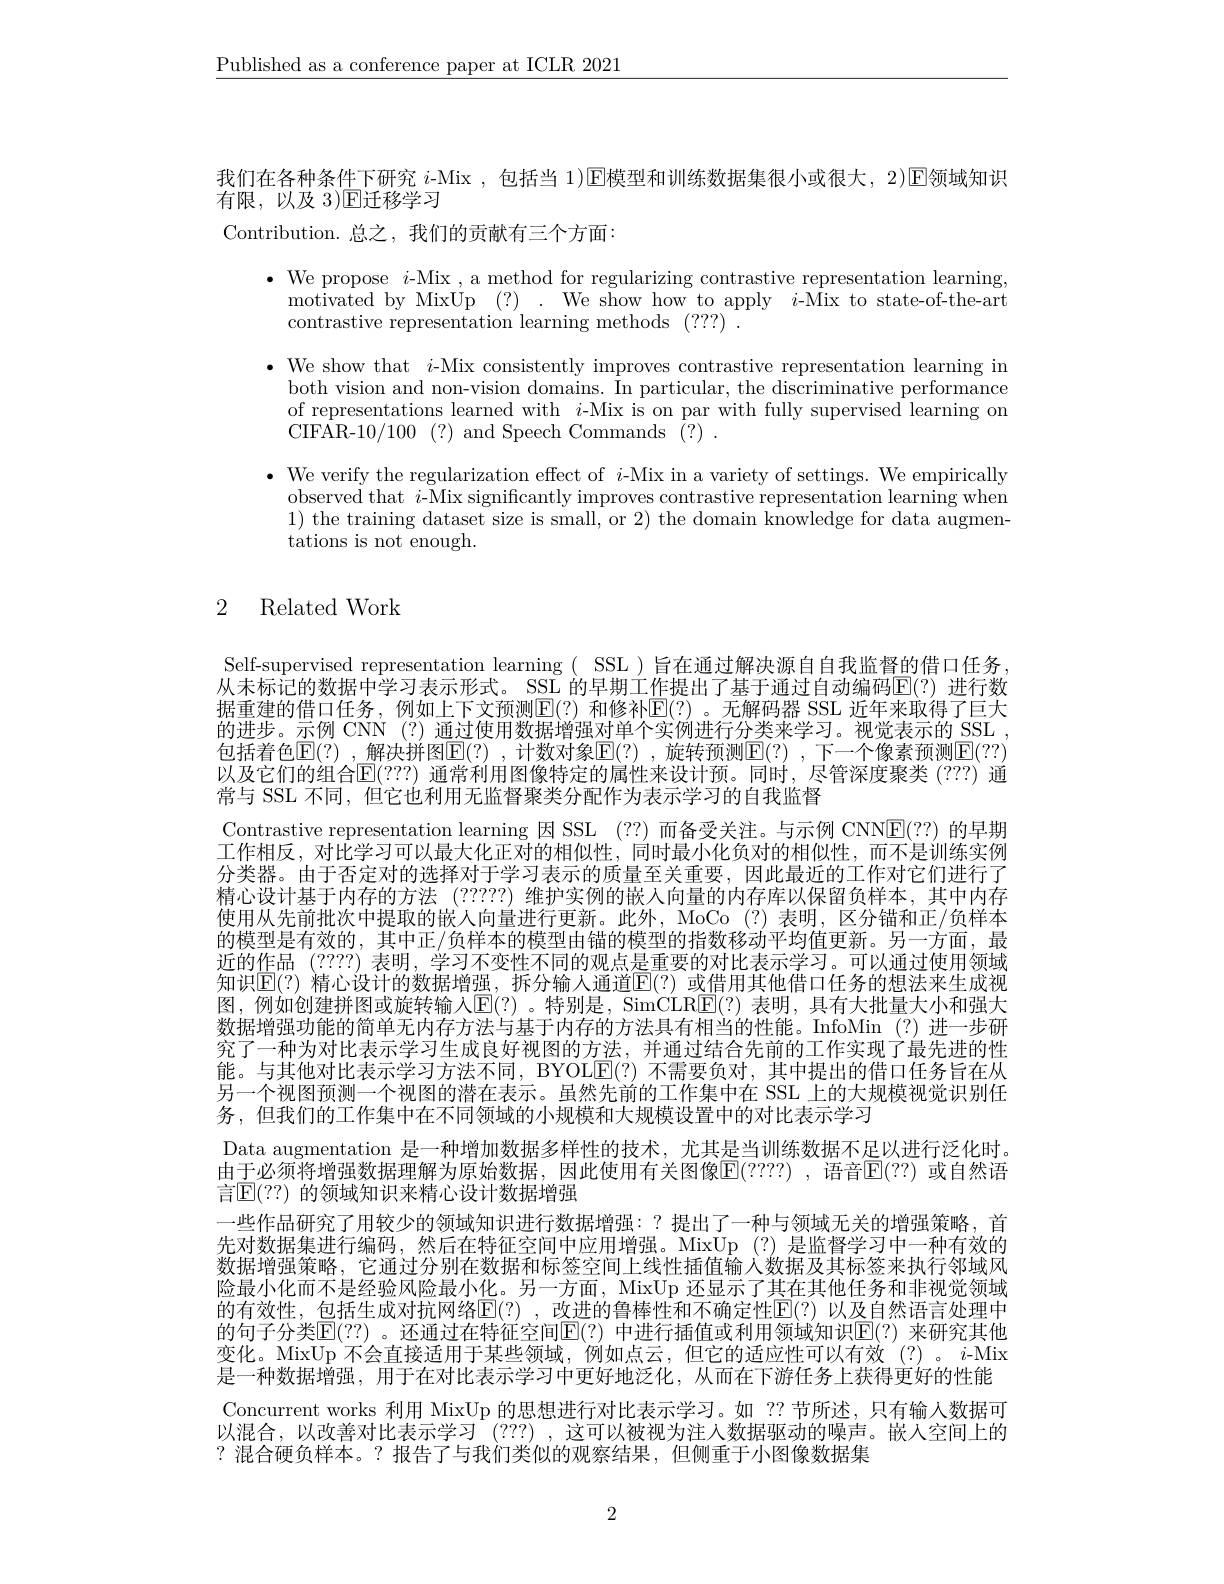
$\underline{\text{Published as a conference paper at ICLR 2021}}$

我们在各种条件下研究 $i$-Mix ,包括当 1)E模型和训练数据集很小或很大，2)E领域知识
有限，以及 3)$\mathbb{E}$迁移学习
Contribution. 总之，我们的贡献有三个方面：

$\bullet$ We propose $i$-Mix , a method for regularizing contrastive representation learning,
motivated by MixUp (?). We show how to apply $i$-Mix to state-of-the-art
contrastive representation learning methods (???).
$\bullet$ We show that $i$-Mix consistently improves contrastive representation learning in
both vision and non-vision domains. In particular, the discriminative performance of representations learned with $i$-Mix is on par with fully supervised learning on CIFAR-10/100~(?)~and~Speech~Commands~(?)~.
$\bullet$ We verify the regularization effect of $i$-Mix in a variety of settings. We empirically
observed that $i$-Mix significantly improves contrastive representation learning when 1) the training dataset size is small, or 2) the domain knowledge for data augmentations is not enough.

## 2 Related Work

Self-supervised representation learning( SSL )旨在通过解决源自自我监督的借口任务， $\bar{\text{从未标记的数据中学习表示形式。SSL 的早期工作提出了基于通过自动编码}\mathbb{E}}(?)$进行数据重建的借口任务，例如上下文预测$\operatorname{E}(?)$ 和修补$\operatorname{E}(?)$ 。无解码器 SSL 近年来取得了巨大的进步。示例 CNN (?)通过使用数据增强对单个实例进行分类来学习。视觉表示的 SSL , 包括着色$\operatorname { E} ( ? )$ ,解决拼图$\operatorname { E} ( ? )$ ,计数对象$\operatorname { E} ( ? )$ ,旋转预测$\operatorname { E} ( ? )$ ,下一个像素预测$\operatorname{E}(??)$ 以及它们的组合$\mathbb{E}(???)$ 通常利用图像特定的属性来设计预。同时，尽管深度聚类 (???) 通常与 SSL 不同，但它也利用无监督聚类分配作为表示学习的自我监督
Contrastive representation learning 因 SSL (??)而备受关注。与示例 CNN$\boxed{\mathrm{E}}(??)$的早期工作相反，对比学习可以最大化正对的相似性，同时最小化负对的相似性，而不是训练实例分类器。由于否定对的选择对于学习表示的质量至关重要，因此最近的工作对它们进行了精心设计基于内存的方法 (?????) 维护实例的嵌人向量的内存库以保留负样本，其中内存使用从先前批次中提取的嵌人向量进行更新。此外，MoCo(?)表明，区分锚和正/负样本的模型是有效的，其中正/负样本的模型由锚的模型的指数移动平均值更新。另一方面，最近的作品 (????) 表明，学习不变性不同的观点是重要的对比表示学习。可以通过使用领域知识[E](?)精心设计的数据增强，拆分输人通道$\mathbb{E}(?)$ 或借用其他借口任务的想法来生成视图，例如创建拼图或旋转输人[E](?)。特别是，SimCLRE(?)表明，具有大批量大小和强大数据增强功能的简单无内存方法与基于内存的方法具有相当的性能。InfoMin (?)进一步研究了一种为对比表示学习生成良好视图的方法，并通过结合先前的工作实现了最先进的性能。与其他对比表示学习方法不同，BYOL$\overline{\mathbb{E}}(?)$不需要负对，其中提出的借口任务旨在从另一个视图预测一个视图的潜在表示。虽然先前的工作集中在 SSL 上的大规模视觉识别伍务，但我们的工作集中在不同领域的小规模和大规模设置中的对比表示学习
Data augmentation 是一种增加数据多样性的技术，尤其是当训练数据不足以进行泛化时。由于必须将增强数据理解为原始数据，因此使用有关图像E(????) , 语音E(??) 或自然语言$\mathbb{E}(??)$ 的领域知识来精心设计数据增强
一些作品研究了用较少的领域知识进行数据增强：?提出了一种与领域无关的增强策略，首先对数据集进行编码，然后在特征空间中应用增强。MixUp(?)是监督学习中一种有效的数据增强策略，它通过分别在数据和标签空间上线性插值输入数据及其标签来执行邻域风险最小化而不是经验风险最小化。另一方面，MixUp 还显示了其在其他任务和非视觉领域的有效性，包括生成对抗网络$\mathbb{E}(?)$ ,改进的鲁棒性和不确定性$\mathbb{E}(?)$ 以及自然语言处理中的句子分类$\mathbb{E}(??)$ 。还通过在特征空间$\mathbb{E}(?)$ 中进行插值或利用领域知识$\mathbb{E}(?)$ 来研究其他变化。MixUp 不会直接适用于某些领域，例如点云，但它的适应性可以有效(?)。$i$-Mix 是一种数据增强，用于在对比表示学习中更好地泛化，从而在下游任务上获得更好的性能Concurrent works 利用 MixUp 的思想进行对比表示学习。如 ?? 节所述，只有输入数据可以混合，以改善对比表示学习 (???) ,这可以被视为注入数据驱动的噪声。嵌人空间上的?混合硬负样本。?报告了与我们类似的观察结果，但侧重于小图像数据集

2